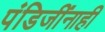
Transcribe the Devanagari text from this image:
पंडिजींनाही